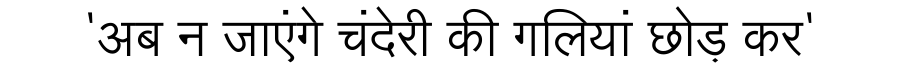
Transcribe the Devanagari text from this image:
'अब न जाएंगे चंदेरी की गलियां छोड़ कर'